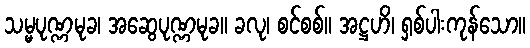
သမ္မပုဏ္ဏမုခ၊ အဆွေပုဏ္ဏမုခ။ ခလု၊ စင်စစ်။ အဋ္ဌဟိ၊ ရှစ်ပါးကုန်သော။